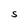
Character: S